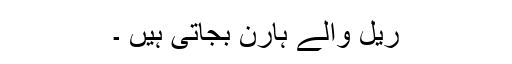
ریل والے ہارن بجاتی ہیں ۔